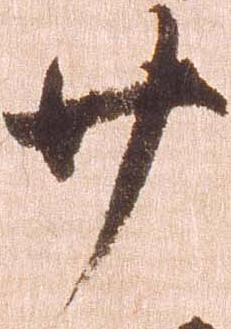
廿